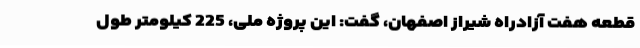
قطعه هفت آزادراه شیراز اصفهان، گفت: این پروژه ملی، 225 کیلومتر طول